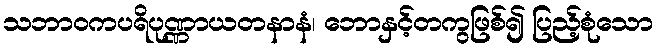
သဘာဝကပရိပုဏ္ဏာယတနာနံ၊ ဘောနှင့်တကွဖြစ်၍ ပြည့်စုံသော